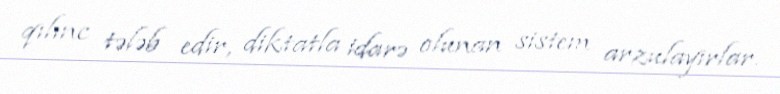
qılınc tələb edir, diktatla idarə olunan sistem arzulayırlar.